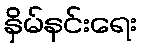
နှိမ်နင်းရေး